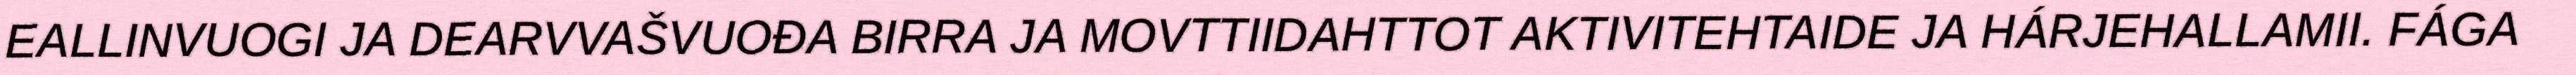
EALLINVUOGI JA DEARVVAŠVUOĐA BIRRA JA MOVTTIIDAHTTOT AKTIVITEHTAIDE JA HÁRJEHALLAMII. FÁGA